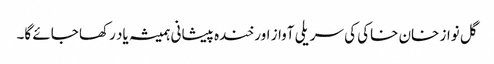
گل نواز خان خاکی کی سریلی آواز اور خندہ پیشانی ہمیشہ یاد رکھا جائے گا۔